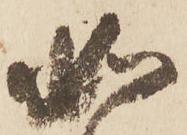
如